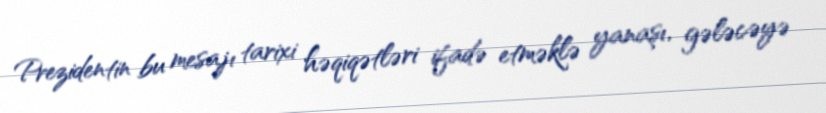
Prezidentin bu mesajı tarixi həqiqətləri ifadə etməklə yanaşı, gələcəyə